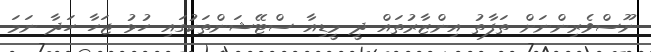
ނޫސްވެރިންނަށް ތަފާތު އިންޒާރުތައް ދީ މީޑިއާ ސްޓޭޝަންތަކުގައި ހުޅު ޖަހާ ހަދާ ނަމަ